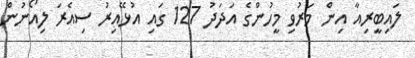
ލައިބީރިއާ އިން މަރުވި މީހުންގެ އަދަދު 127 ގައި އުޅޭއިރު ސިއެރަ ލިއޯނުން